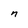
Character: n